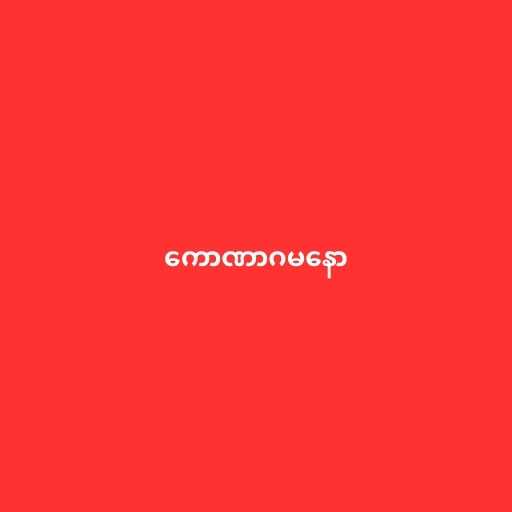
ကောဏာဂမနော